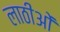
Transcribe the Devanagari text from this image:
लाठीओं